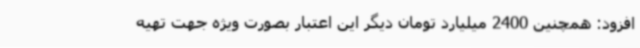
افزود: همچنین 2400 میلیارد تومان دیگر این اعتبار بصورت ویژه جهت تهیه